Report on vaccination in the Province of Bengal - 1874-1889
Year: 1874
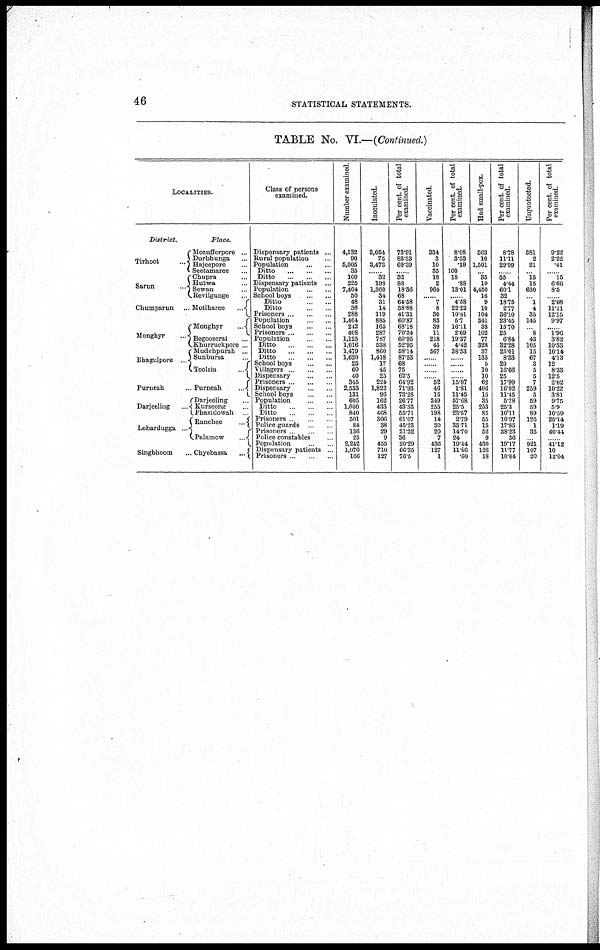
46
STATISTICAL STATEMENTS.
TABLE No. VI.—(Continued.)
LOCALITIES.
District.
Tirhoot
...
Sarun ...
Chumparun ...
Monghyr ...
Bhagulpore ...
Purneah ...
Darjeeling ...
Lohardugga
Singbhoom ...
Place.
Mozufferpore ...
Durbhunga ...
Hajeepore ...
Seetamaree ...
Chupra ...
Hutwa ...
Sewan ...
Revilgunge ...
Motiharee
...
Monghyr
...
Begooserai ...
Khur00ckpore ...
Mudehpurah ...
Sunbursa ... ...
Toolsia ... ...
Purneah
...
Darjeeling ...
Kurseong ...
Phasidowah ...
Ranchee ...
Palamow ... ...
Chyebassa
...
Class of persons
examined.
Dispensary patients ...
Rural population ...
Population
...
...
Ditto
...
...
...
Ditto ... ... ...
Dispensary patients ...
Population
...
...
School boys
...
...
Ditto
...
...
Ditto ... ...
Prisoners ... ... ...
Population ... ...
School boys ... ...
Prisoners ... ...
Population ... ...
Ditto ... ... ...
Ditto
...
...
...
Ditto
...
...
...
School boys
...
...
Villagers ... ... ...
Dispensary ... ...
Prisoners ... ...
Dispensary ... ...
School boys ... ...
Population
...
...
Ditto ... ...
Ditto
...
...
Prisoners ... ...
Police guards ... ...
Prisoners ... ...
Police constables ... ...
Population ... ...
Dispensary patients ...
Prisoners ...
Number examined.
4,132
90
5,005
35
100
225
7,404
50
48
36
288
1,464
242
408
1,125
1,016
1,479
1,620
25
60
40
345
2,533
131
605
1,000
840
501
84
136
25
2,242
1,070
166
Inoculated.
3,054
75
3,473
...... 32
198
1,360
34
31
14
119
885
165
287
787
538
860
1,418
17
45
25
224
1,822
96
162
433
468
306
38
29
9
455
710
127
Per cent of total
examined.
73.91
83.33
69.39
...... 32
88
18.36
68
64.58
38.88
41.31
60.87
68.18
70.34
69.95
52.95
58.14
87.53
68
75
62.5
64.92
71.93
73.28
26.77
43.33
55.71
61.07
45.23
21.32
36
20.29
66.35
76.5
Vaccinated.
334
3
10
35
18
2
964
...... 7
8
30
83
39
11
218
45
567
......
......
......
...... 52
46
15
349
255
198
14
30
20
7
436
127
1
Per cent. of total
examined.
8.08
3.33
.19
100
18
.88
13.01
...... 4.58
22.22
10.41
5.7
16.11
2.69
19.37
4.42
38.33
......
......
......
...... 15.07
1.81
11.45
57.68
25.5
23.57
2.79
35.71
14.70
24
19.44
11.88 .60
Had small-pox.
363
10
1,501
... 35
10
4,450
16
9
10
104
341
38
102
77
328
37
135
5
10
10
62
406
15
35
253
85
55
15
52
9
430
126
18
Per cent of total
examined.
8.78
11.11
29.99
... 85
4.44
60.1
32
18.75
2.77
36.10
23.45
15.70
25
6.84
32.28
25.01
8.33
20
16.66
25
17.99
16.02
11.45
5.78
25.3
l0.ll
10.97
17.85
38.23
36
19.17
11.77
10.84
Unprotected.
381
2
21
... 15
15
630
... 1
4
35
145
... 8
43
105
15
67
3
5
5
7
259
5
59
59
89
126
1
35
... 921
107
20
Per cent of total
examined.
9.22
2.22
.41
...... 15
6.66
8.5
...... 2.08
11.11
12.15
9.97
...... 1.96
3.82
10.33
10.14
4.13
12
8.33
12.5
2.02
10.22
3.81
9.75
5.9
10.59
25.14
1.19
40.44
...... 41.12
10
12.04